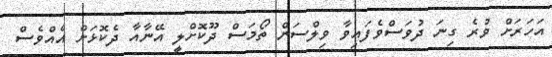
އަހަރަށް ވުރެ ގިނަ ދުވަސްވެފައިވާ ވިލްސަން ތޯމަސް ދޫކޮށްލީ އޭނާއާ ދެކޮޅަށް އެއްވެސް